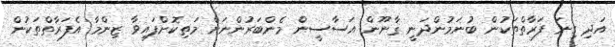
އަދި ގިނަ ފަރާތްތަކުން ބުނަމުންދަނީ ޤާނޫން އަސާސީން މެންބަރުންނަށް މަތިކޮށްފައިވާ ޒިންމާ އެފަރާތްތަކުން